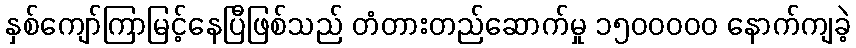
နှစ်ကျော်ကြာမြင့်နေပြီဖြစ်သည် တံတားတည်ဆောက်မှု ၁၅၀၀ဝဝဝ နောက်ကျခဲ့